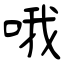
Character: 哦